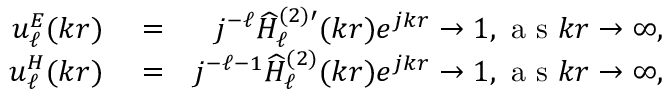
\begin{array} { r l r } { u _ { \ell } ^ { E } ( k r ) } & { { } = } & { j ^ { - \ell } \widehat { H } _ { \ell } ^ { ( 2 ) \prime } ( k r ) e ^ { j k r } \to 1 , \mathrm { ~ a ~ s ~ } k r \to \infty , } \\ { u _ { \ell } ^ { H } ( k r ) } & { { } = } & { j ^ { - \ell - 1 } \widehat { H } _ { \ell } ^ { ( 2 ) } ( k r ) e ^ { j k r } \to 1 , \mathrm { ~ a ~ s ~ } k r \to \infty , } \end{array}